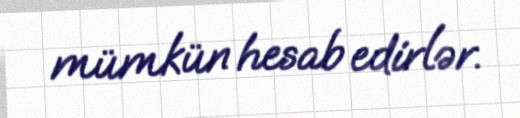
mümkün hesab edirlər.